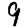
Digit: 9